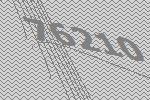
76210